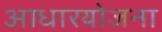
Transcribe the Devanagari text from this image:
आधारयोजना